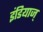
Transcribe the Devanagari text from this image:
इंडियाज्